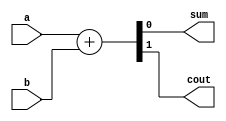
/****************************************************
Developer    : Devang vekariya
Module       : half adder using behavioral modeling
Institute    : NIT Kurukshetra
Date created : 04/10/2023
********************************************************/


module half_add(a,b,sum,cout);   // module declaration
  // input & output port declarations
  input a,b;
  output reg sum,cout;
  
// behavioral modeling
  
  always @(*)
    begin
      {cout,sum} = a + b ;
    
    end 
  
endmodule